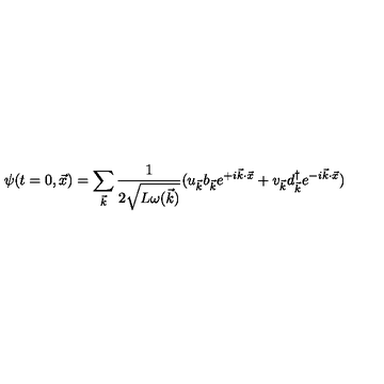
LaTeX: \psi ( t = 0 , \vec { x } ) = \sum _ { \vec { k } } { \frac { 1 } { 2 \sqrt { L \omega ( \vec { k } ) } } } ( u _ { \vec { k } } b _ { \vec { k } } e ^ { + i \vec { k } \cdot \vec { x } } + v _ { \vec { k } } d _ { \vec { k } } ^ { \dag } e ^ { - i \vec { k } \cdot \vec { x } } )